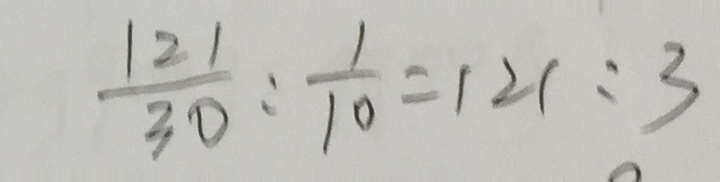
\frac { 1 2 1 } { 3 0 } : \frac { 1 } { 1 0 } = 1 2 1 : 3